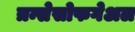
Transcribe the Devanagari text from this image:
त्रन्सेसोफगेअल